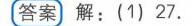
（2）如图 2，作\(\angle BCF=\angle BCG\)，\(CF\)与\(\angle BAH\)的角平分线交于点\(F\)，若\(2\angle B - \angle F = 90^{\circ}\)，求\(\angle BAH\)的度数；